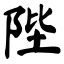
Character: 陛